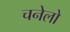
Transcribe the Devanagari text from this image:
चनेलो